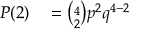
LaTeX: \begin{array} { r l } { P ( 2 ) } & { { } = { \binom { 4 } { 2 } } p ^ { 2 } q ^ { 4 - 2 } } \end{array}